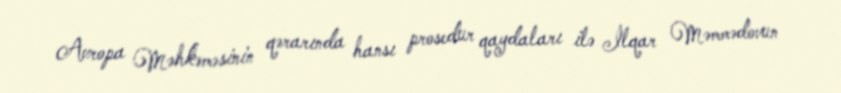
Avropa Məhkəməsinin qərarında hansı prosedur qaydaları ilə İlqar Məmmədovun